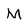
Character: M